Distribution and causation of leprosy in British India
Year: 1875
Disease focus: Leprosy
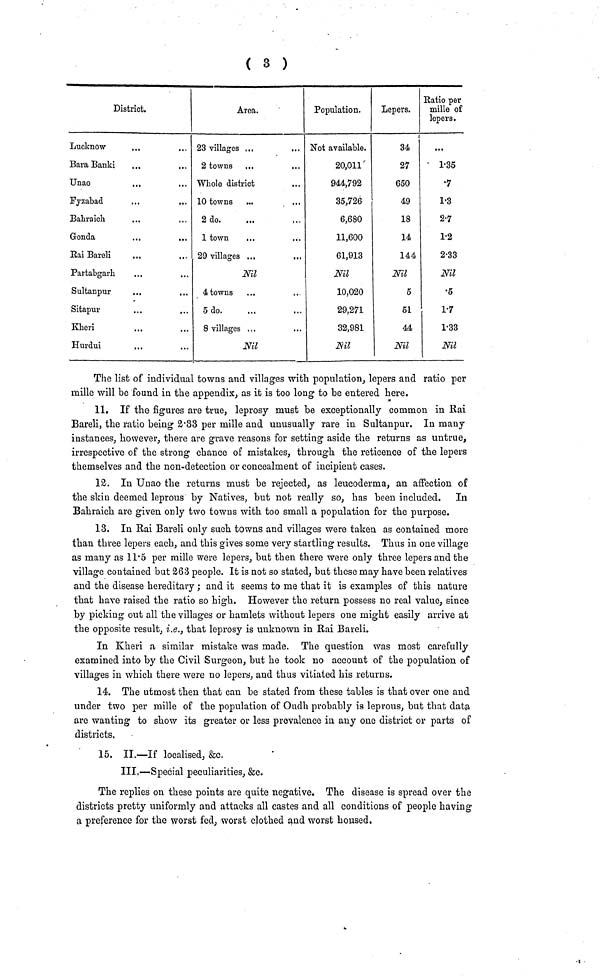
( 3 )
District.
Lucknow
Bara Banki
Unao
Fyzabad
Bahraich
Gonda
Eai Bareli
Partabgarh
Sultanpur
Sitapur
Kheri
Hurdui
Area.
23 villages ...
2 towns ...
...
Whole district
10 towns
2 do.
1 town
...
29 villages ...
...
Nil
4 towns
5 do.
8 villages ...
Nil
Population.
Not available.
20,011
944,792
35,726
6,680
11,600
61,913
Nil
10,020
29,271
32,981
Nil
Lepers.
I
34
27
650
49
18
14
144
Nil
5
51
44
Nil
Eatio per
mille of
lepers.
...
1.35
.7
1.3
2.7
1.2
2.33
Nil
.5
1.7
1.33
Nil
The list of individual towns and villages with population, lepers and ratio per
mille will be found in the appendix, as it is too long to be entered here.
11. If the figures are true, leprosy must be exceptionally common in Rai
Bareli, the ratio being 2.33 per mille and unusually rare in Sultanpur. In many
instances, however, there are grave reasons for setting aside the returns as untrue,
irrespective of the strong chance of mistakes, through the reticence of the lepers
themselves and the non-detection or concealment of incipient cases.
12. In Unao the returns must be rejected, as leucoderma, an affection of
the skin deemed leprous by Natives, but not really so, has been included. In
Bahraich are given only two towns with too small a population for the purpose.
13. In Bai Bareli only such towns and villages were taken as contained more
than three lepers each, and this gives some very startling results. Thus in one village
as many as 11.5 per mille were lepers, but then there were only three lepers and the
village contained but 263 people. It is not so stated, but these may have been relatives
and the disease hereditary ; and it seems to me that it is examples of this nature
that have raised the ratio so high. However the return possess no real value, since
by picking out all the villages or hamlets without lepers one might easily arrive at
the opposite result, i.e., that leprosy is unknown in Rai Bareli.
In Kheri a similar mistake was made. The question was most carefully
examined into by the Civil Surgeon, but he took no account of the population of
villages in which there were no lepers, and thus vitiated his returns.
14. The utmost then that can be stated from these tables is that over one and
under two per mille of the population of Oudh probably is leprous, but that data
are wanting to show its greater or less prevalence in any one district or parts of
districts.
15. II.—If localised, &c.
III.—Special peculiarities, &c.
The replies on these points are quite negative. The disease is spread over the
districts pretty uniformly and attacks all castes and all conditions of people having
a preference for the worst fed, worst clothed and worst housed.